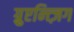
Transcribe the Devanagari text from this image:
ग़्रुएन्त्ज़िग